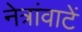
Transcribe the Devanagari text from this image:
नेत्रांवाटें